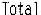
TOTAL